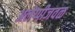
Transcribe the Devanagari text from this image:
अलेप्पीजवळ